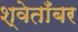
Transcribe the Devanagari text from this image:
श्वेताँबर